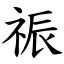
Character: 祳